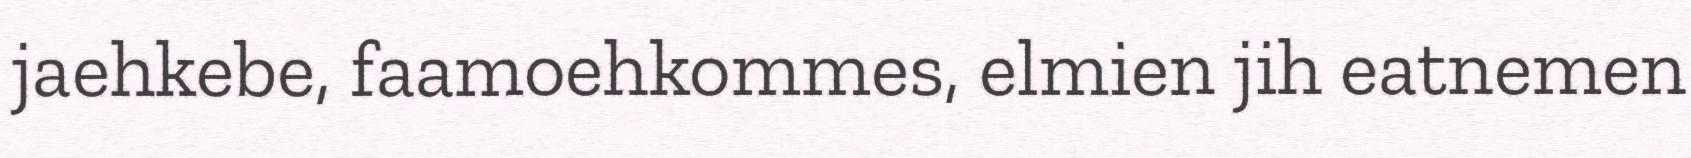
jaehkebe, faamoehkommes, elmien jih eatnemen